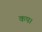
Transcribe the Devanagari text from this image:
कप।